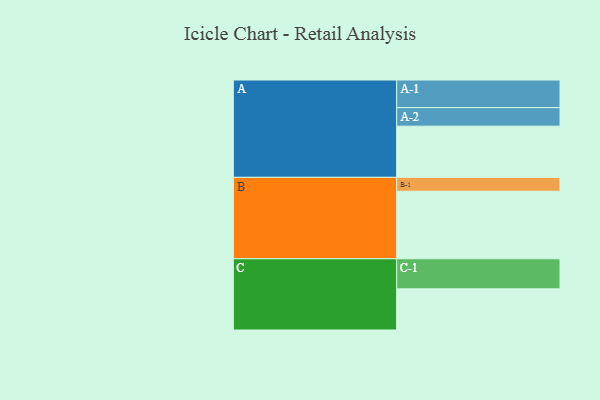
{"axis": {"x": "Segment", "y": "Value"}, "legend": ["", "A", "B", "C"], "data": [{"x": "A", "y": 398, "type": ""}, {"x": "B", "y": 525, "type": ""}, {"x": "C", "y": 320, "type": ""}, {"x": "A-1", "y": 215, "type": "A"}, {"x": "A-2", "y": 144, "type": "A"}, {"x": "B-1", "y": 108, "type": "B"}, {"x": "C-1", "y": 234, "type": "C"}]}